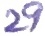
Text: 29